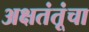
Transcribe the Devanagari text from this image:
अक्षतंतूंचा